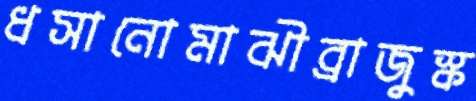
ধসানোমাঝীব্রাজুস্ক